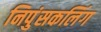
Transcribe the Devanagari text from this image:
निपुंसकलिंग